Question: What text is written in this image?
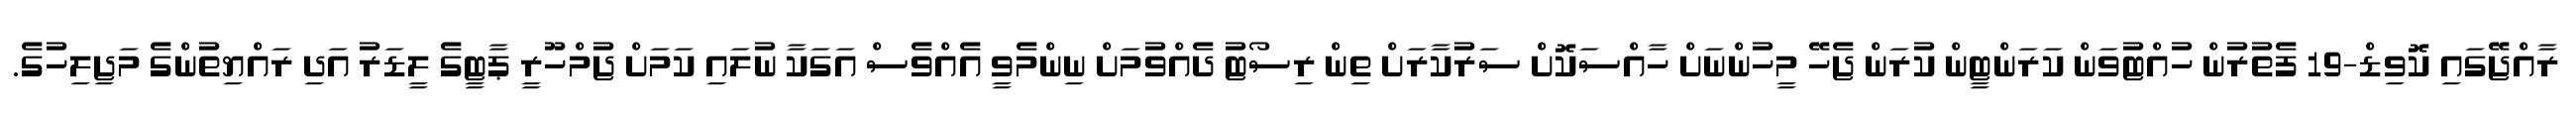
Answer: ރާއްޖޭގައި ކޮވިޑް-19 ފެތުރުން ހުއްޓުވަން ކަރަންޓީން ކުރަން ޖެހޭ މީހުންނަށް ހާއްސަކޮށް ސަރުކާރަށް ތިން ރިސޯޓު ދެއްވުމަށް ނިންމެވީ އެއްވެސް އަގަކާ ނުލައި ކަމަށް ޖުމްހޫރީ ޕާޓީގެ ލީޑަރު އަދި ރައްޔިތުންގެ މަޖިލިހުގެ.